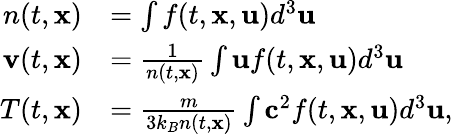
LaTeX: \begin{array}{rl}{n(t,\mathbf{x})}&{=\int f(t,\mathbf{x},\mathbf{u})d^{3}\mathbf{u}}\\ {\mathbf{v}(t,\mathbf{x})}&{=\frac{1}{n(t,\mathbf{x})}\int\mathbf{u}f(t,\mathbf{x},\mathbf{u})d^{3}\mathbf{u}}\\ {T(t,\mathbf{x})}&{=\frac{m}{3k_{B}n(t,\mathbf{x})}\int\mathbf{c}^{2}f(t,\mathbf{x},\mathbf{u})d^{3}\mathbf{u},}\end{array}